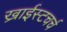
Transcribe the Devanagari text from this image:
ख्राईस्टचर्च